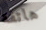
هاتفه